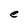
Character: e